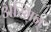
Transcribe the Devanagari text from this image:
अस्मिन्‌